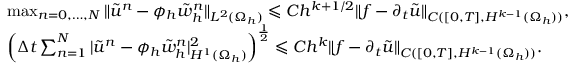
\begin{array} { r l } & { \operatorname* { m a x } _ { n = 0 , \ldots , N } \| \tilde { u } ^ { n } - \phi _ { h } \tilde { w } _ { h } ^ { n } \| _ { L ^ { 2 } ( \Omega _ { h } ) } \leqslant C h ^ { k + 1 / 2 } \| f - \partial _ { t } \tilde { u } \| _ { C ( [ 0 , T ] , H ^ { k - 1 } ( \Omega _ { h } ) ) } , } \\ & { \left( \Delta t \sum _ { n = 1 } ^ { N } | \tilde { u } ^ { n } - \phi _ { h } \tilde { w } _ { h } ^ { n } | _ { H ^ { 1 } ( \Omega _ { h } ) } ^ { 2 } \right) ^ { \frac { 1 } { 2 } } \leqslant C h ^ { k } \| f - \partial _ { t } \tilde { u } \| _ { C ( [ 0 , T ] , H ^ { k - 1 } ( \Omega _ { h } ) ) } . } \end{array}